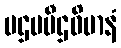
ပဌမပီဌဝိမာနံ